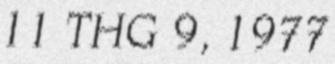
11 THG 9, 1977